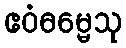
ဧဝံဓမ္မေသု